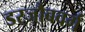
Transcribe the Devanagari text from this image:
डरजौबवर्ग